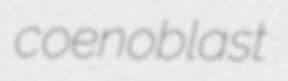
coenoblast